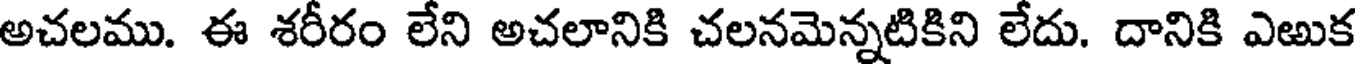
అచలము. ఈ శరీరం లేని అచలానికి చలనమెన్నటికిని లేదు. దానికి ఎఱుక